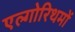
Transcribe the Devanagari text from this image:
एल्गोरिथमों